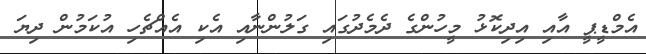
އެމްޑީޕީ އާއި އިދިކޮޅު މީހުންގެ ދެމެދުގައި ގަލުންނާއި އެކި އެއްޗެހި އުކަމުން ދިޔަ